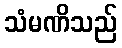
သံမဏိသည်